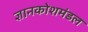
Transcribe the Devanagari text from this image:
ज्ञानकोशमंडल